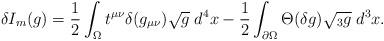
LaTeX: \begin{align*}\delta I_{m}(g)= {1\over2} \int_\Omega t^{\mu\nu} \delta(g_{\mu\nu}) \sqrt{g} \; d^4x- {1\over2} \int_{\partial\Omega} \Theta(\delta g) \sqrt{{}_3 g} \; d^3x.\end{align*}